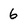
Character: 6